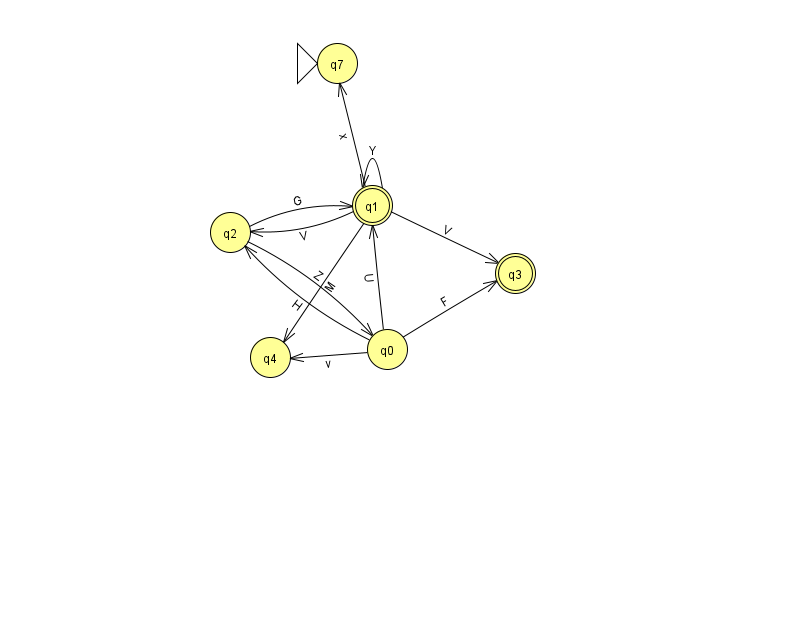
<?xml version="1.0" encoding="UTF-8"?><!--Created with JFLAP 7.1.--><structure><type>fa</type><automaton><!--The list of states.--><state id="0" name="q0"><x>387.0</x><y>336.0</y></state><state id="1" name="q1"><x>372.0</x><y>192.0</y><final/></state><state id="2" name="q2"><x>230.0</x><y>219.0</y></state><state id="3" name="q3"><x>515.0</x><y>260.0</y><final/></state><state id="4" name="q4"><x>270.0</x><y>344.0</y></state><state id="7" name="q7"><x>337.0</x><y>50.0</y><initial/></state><!--The list of transitions.--><transition><from>0</from><to>2</to><read>H</read></transition><transition><from>0</from><to>4</to><read>v</read></transition><transition><from>1</from><to>4</to><read>M</read></transition><transition><from>1</from><to>3</to><read>V</read></transition><transition><from>2</from><to>0</to><read>Z</read></transition><transition><from>1</from><to>2</to><read>V</read></transition><transition><from>2</from><to>1</to><read>G</read></transition><transition><from>0</from><to>3</to><read>F</read></transition><transition><from>1</from><to>1</to><read>Y</read></transition><transition><from>1</from><to>7</to><read>x</read></transition><transition><from>0</from><to>1</to><read>U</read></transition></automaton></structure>